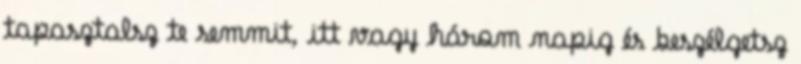
tapasztalsz te semmit, itt vagy három napig és beszélgetsz